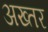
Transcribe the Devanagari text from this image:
अख्‍तर